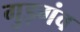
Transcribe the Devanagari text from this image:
गुड़गंव